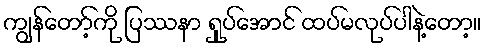
ကျွန်တော့်ကို ပြဿနာ ရှုပ်အောင် ထပ်မလုပ်ပါနဲ့တော့။